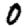
Digit: 0